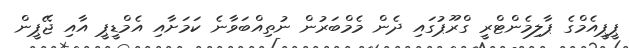
ޕީޕީއެމްގެ ޕާލިމެންޓްރީ ގްރޫޕުގައި ދެން މެމްބަރުން ނުތިއްބަވާނެ ކަމަށާއި އެމްޑީޕީ އާއި ޖޭޕީން